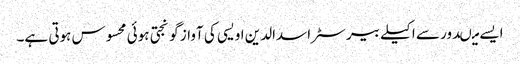
ایسے میںدور سے اکیلے بیرسٹر اسدالدین اویسی کی آواز گونجتی ہوئی محسوس ہوتی ہے۔